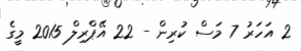
2 އަހަރު 7 މަސް ކުރިން - 22 އޭޕްރިލް 2015 މީގެ